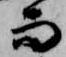
而